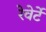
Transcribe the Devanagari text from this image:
रेवेर्टे